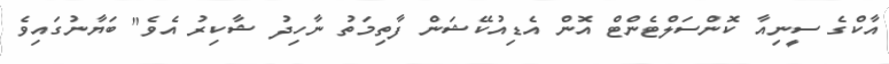
އާކްގެ ސީނިއާ ކޮންސަލްޓެންޓް އޮން އެޑިއުކޭޝަން ފާތިމަތު ނާހިދު ޝާކިރު އެވެ" ބަޔާނުގައިވެ